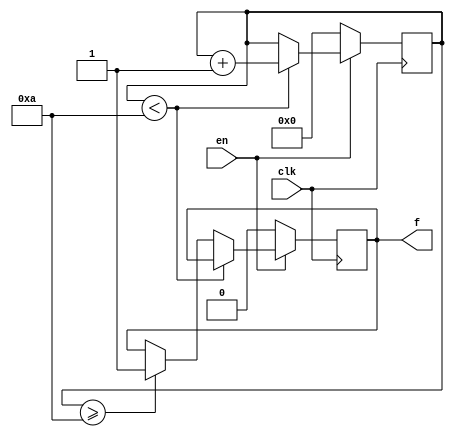
module gen_counter
#(
	parameter COUNT_DATA_WIDTH = 4,
	parameter COUNTER_TRIG_VAL = 10
)
(
	input wire clk,
	input wire en,
	output wire f
);

	reg [COUNT_DATA_WIDTH - 1:0] count = 0;
	reg F_O = 0;
	assign f = F_O;
	always @ (posedge clk)
	begin
	if (!en)
	begin
		count <= 0;
		F_O = 0;
	end
	else if (count < COUNTER_TRIG_VAL)
		count <= count + 1;
	else if (count >= COUNTER_TRIG_VAL)
		F_O = 1;
	end
endmodule